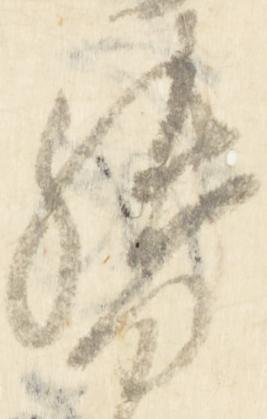
督